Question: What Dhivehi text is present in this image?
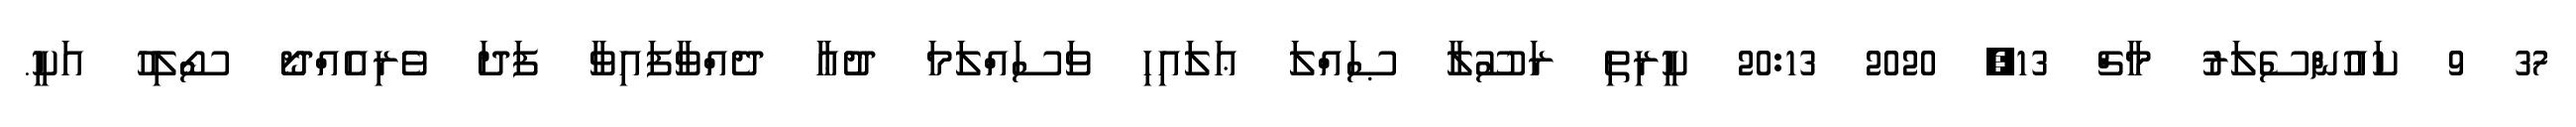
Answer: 37 9 ކައުންސެލަރު މާޗް 13, 2020 20:13 ކީރިތި ރަސޫލާ ޞައްލަ ޢަލައިހި ވަސައްލަމަ ދުޢާ ދެއްވާފައިވާ ފަދަ ވެރިއެއްދޯ ސޯލިހު އަކީ.